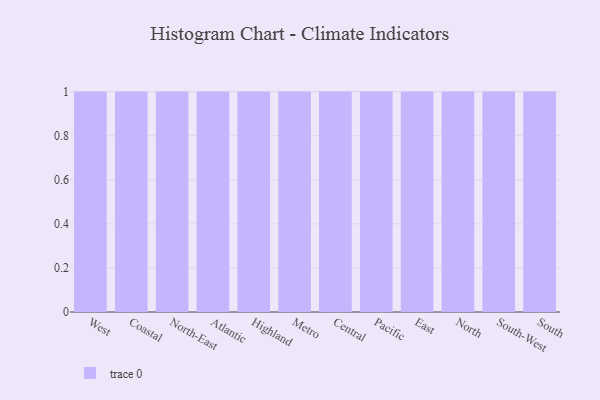
{"axis": {"x": "Region", "y": "Headcount"}, "legend": [""], "data": [{"x": "West", "y": 28, "type": ""}, {"x": "Coastal", "y": 90, "type": ""}, {"x": "North-East", "y": 70, "type": ""}, {"x": "Atlantic", "y": 63, "type": ""}, {"x": "Highland", "y": 65, "type": ""}, {"x": "Metro", "y": 10, "type": ""}, {"x": "Central", "y": 15, "type": ""}, {"x": "Pacific", "y": 32, "type": ""}, {"x": "East", "y": 91, "type": ""}, {"x": "North", "y": 24, "type": ""}, {"x": "South-West", "y": 20, "type": ""}, {"x": "South", "y": 56, "type": ""}]}